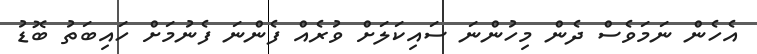
އެހެން ނަމަވެސް ދެން މިހުންނަ ސައިކަލަށް ވުރެއް ފެންނަ ފެނުމަށް ހައިބަތު ބޮޑު